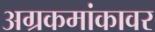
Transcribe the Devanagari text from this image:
अग्रकमांकावर